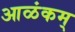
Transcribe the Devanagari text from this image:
आळंकम्